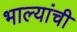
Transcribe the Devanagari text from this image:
भाल्यांची